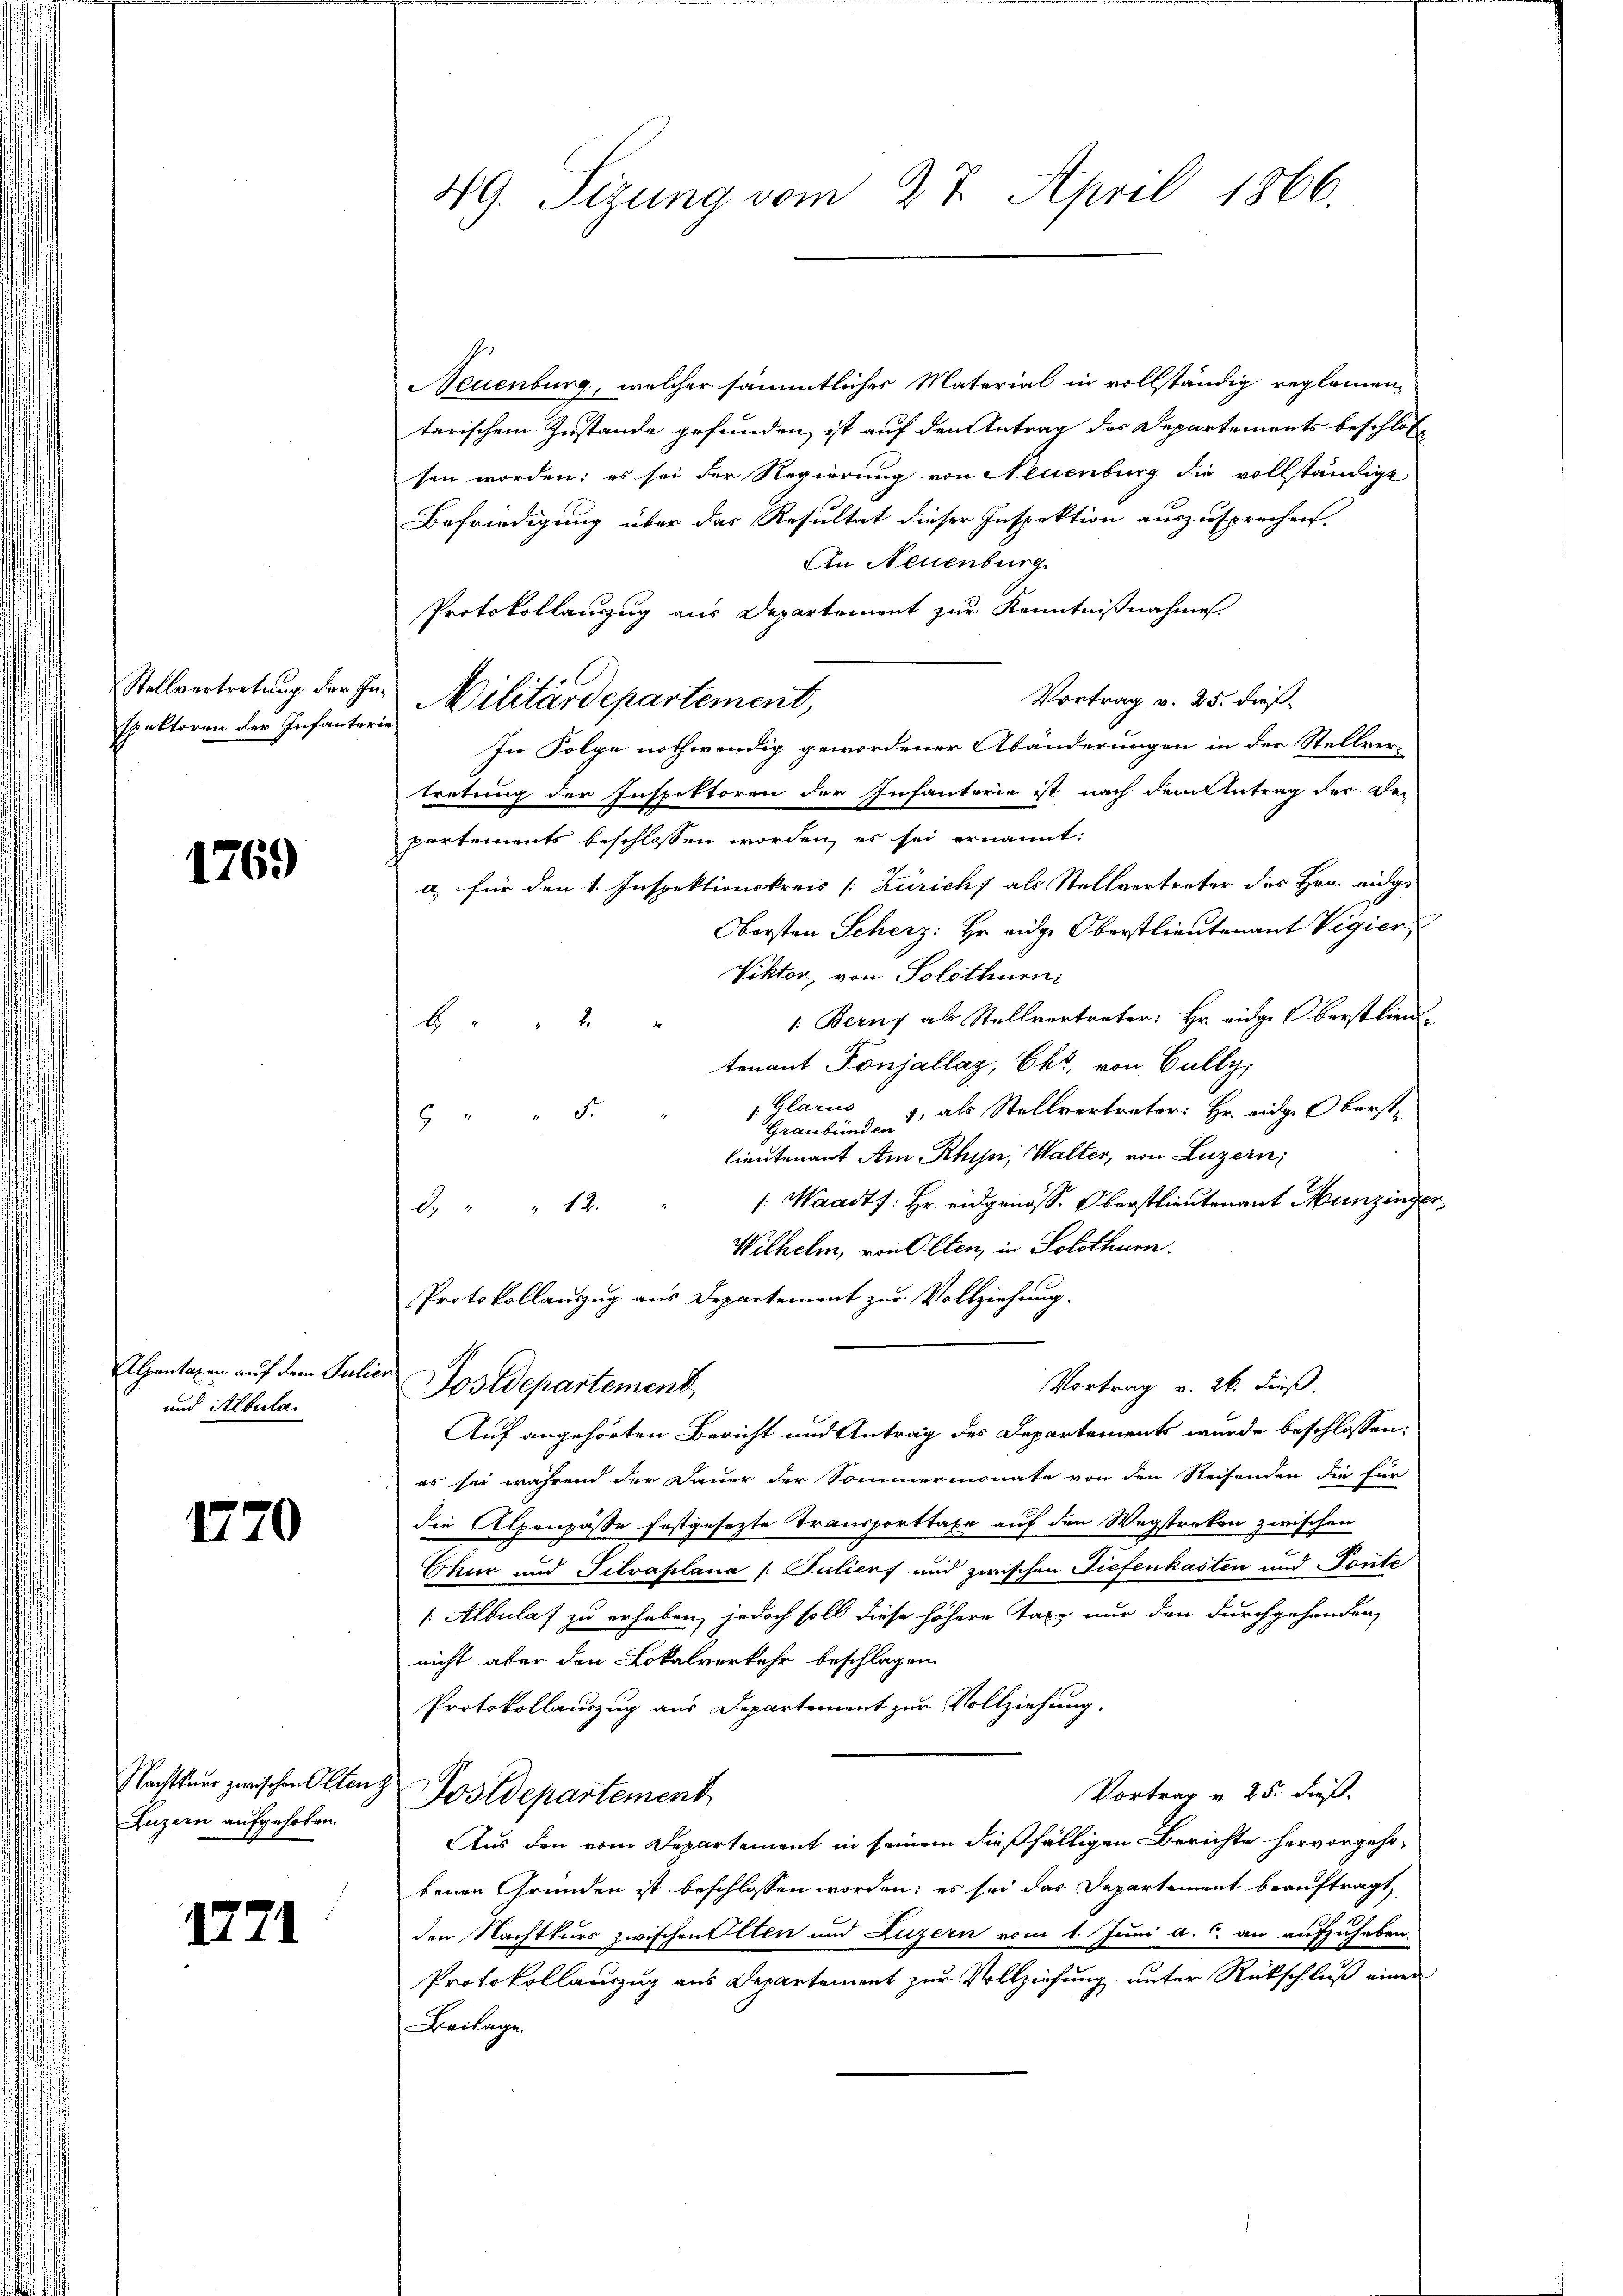
Stellvertretung der Inspektoren der Infanterie

1769

Alpentaxen auf dem Julie
und Albula.

1770

Nachtener zwischen Olten
Luzern aufgehoben.

122

49. Sizung vom 27. April 1866.

Neuenburg, welcher sämmtliches Material in vollständig reglemen-
tarischem Zustande gefunden, ist auf den Antrag des Departements beschlos
sen worden: es sei der Regierung von Neuenburg die vollständigt
Befriedigung über das Resultat dieser Inspektion auszusprechen.
An Neuenburg
Protokollauszug aus Departement zur Kenntnißnahme
Vortrag v. 25. dieß
Militärdepartement,
In Folge nothwendig gewordener Abänderungen in der Stellvertretung der Inspektoren der Infanterie ist nach dem Antrag der De-
partements beschlossen worden, es sei ernannt:
a) für den 1. Inspektionskreis [Züricht als Stellvertreter des Hrn. eidge
Obersten Scherz: Hr. eidge Oberstlieutenant Vigier
Viktor, von Solothurni
1. Berns als Stellvertreter: Hr. eidge Oberstlien.
6 " " 2
tenant Ponjallag, Okt, von Gully,
 Glarus
Graubünde als Stellvertreter: Hr. eidg. Oberst¬
5 " " 3
lieutenant Am Rhin, Walter, von Luzern,
: Waadt: Hr. eidgenöss. Oberstlieutenant Munzinge
d. " " 12.
Wilhelm, von Olten, in Solothurn.
Protokollauszug aus Departement zur Vollziehung.
Vortrag v. 26. dieß.
Postdepartement
Auf angehörten Bericht und Antrag des Departements wurde beschlossen:
es sei während der Dauer der Sommermonate von den Reisenden die für
die Alpenpasse festgesezte Transporttaxe auf den Wegstreken zwischen
Chur und Silvaplana (Sulierf und zwischen Tiefenkasten und Fonte
[Albulaf zu erhaben, jedoch soll diese höhere Taxe nur den durchgehenden,
nicht aber den Lokalverkehr beschlagen.
Protokollauszug aus Departement zur Vollziehung.
Vortrag v. 25. dieß.
Postdepartement
Aus den vom Departement in seinem dießfälligen Berichte hervorgehobenen Gründen ist beschlossen worden; es sei das Departement beauftragt,
den Nachtkurs zwischen Otten und Luzern vom 1. Juni a.c. an aufzuheben.
Protokollauszug aus Departement zur Vollziehung unter Rückschluß einer
Beilage